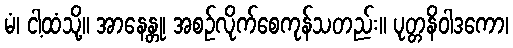
မံ၊ ငါ့ထံသို့။ အာနေန္တု၊ အစဉ်လိုက်စေကုန်သတည်း။ ပုတ္တနိဝါဒကော၊